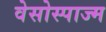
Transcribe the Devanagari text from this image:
वेसोस्पाज्म